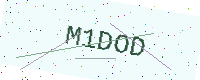
Text: M1DOD